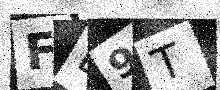
Text: FB9T